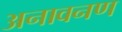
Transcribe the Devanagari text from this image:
अनावनण